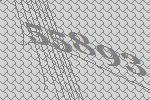
55893